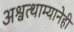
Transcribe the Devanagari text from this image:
अश्वत्थाम्यानेही